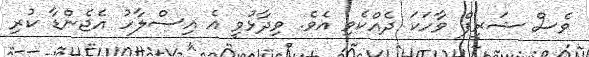
ވެސް ޝަރީފް ވާހަކަ ދެއްކެވި އެވެ. ވިދާޅުވީ އެ އިސްލާހު އެޖެންޑާ ކުރި